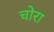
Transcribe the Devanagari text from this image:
चोरा